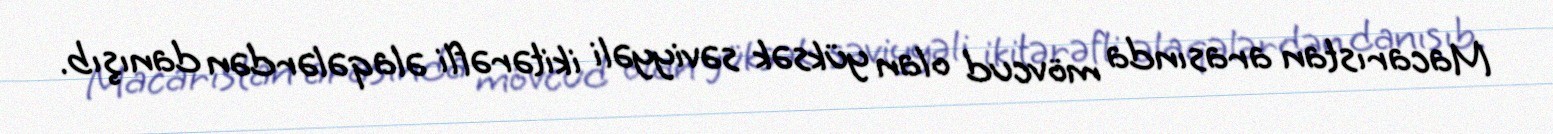
Macarıstan arasında mövcud olan yüksək səviyyəli ikitərəfli əlaqələrdən danışıb.